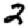
Digit: 2